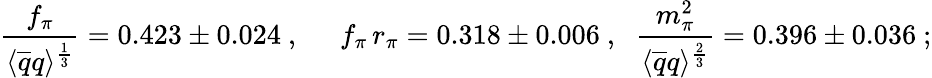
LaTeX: \begin{array}{ccc}{{\displaystyle\frac{f_{\pi}}{\langle\overline{{{q}}}q\rangle^{\frac{1}{3}}}=0.423\pm 0.024~,}}&{{\; \; f_{\pi}\, r_{\pi}=0.318\pm 0.006~,\; \; \displaystyle\frac{m_{\pi}^{2}}{\langle\overline{{{q}}}q\rangle^{\frac{2}{3}}}=0.396\pm 0.036~;}}\end{array}